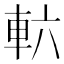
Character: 𮝄